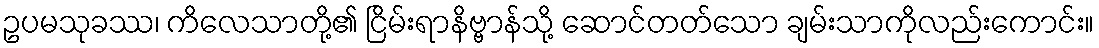
ဥပမသုခဿ၊ ကိလေသာတို့၏ ငြိမ်းရာနိဗ္ဗာန်သို့ ဆောင်တတ်သော ချမ်းသာကိုလည်းကောင်း။